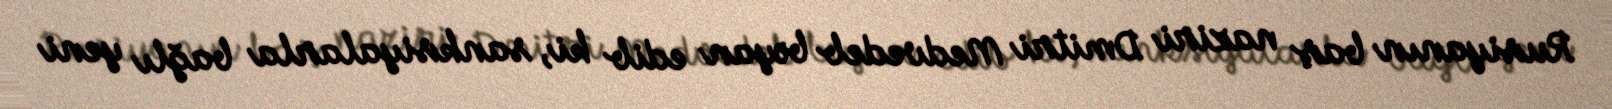
Rusiyanın baş naziri Dmitri Medvedeb bəyan edib ki, sanksiyalarla bağlı yeni